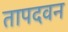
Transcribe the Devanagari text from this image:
तापदवन